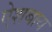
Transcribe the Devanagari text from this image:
ऐशबाय